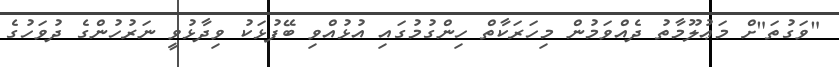
"ވަގުތަ"ށް މަޢުލޫމާތު ދެއްވަމުން މިހަރަކާތް ހިންގުމުގައި އުޅުއްވި ބޭފުޅަކު ވިދާޅުވީ ނަރުހުންގެ ދުވަހުގެ